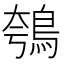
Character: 鴮